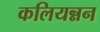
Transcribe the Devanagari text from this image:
कलियन्नन